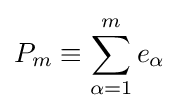
P_{m}\equiv \sum _{\alpha =1}^{m}e_{\alpha }